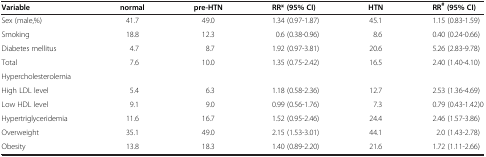
<table><thead><tr><td><b>Variable</b></td><td><b>normal</b></td><td><b>pre-HTN</b></td><td><b>RR* (95% CI)</b></td><td><b>HTN</b></td><td><b>RR<sup>#</sup>(95% CI)</b></td></tr></thead><tbody><tr><td>Sex (male,%)</td><td>41.7</td><td>49.0</td><td>1.34 (0.97-1.87)</td><td>45.1</td><td>1.15 (0.83-1.59)</td></tr><tr><td>Smoking</td><td>18.8</td><td>12.3</td><td>0.6 (0.38-0.96)</td><td>8.6</td><td>0.40 (0.24-0.66)</td></tr><tr><td>Diabetes mellitus</td><td>4.7</td><td>8.7</td><td>1.92 (0.97-3.81)</td><td>20.6</td><td>5.26 (2.83-9.78)</td></tr><tr><td>Total</td><td>7.6</td><td>10.0</td><td>1.35 (0.75-2.42)</td><td>16.5</td><td>2.40 (1.40-4.10)</td></tr><tr><td>Hypercholesterolemia</td><td> </td><td> </td><td> </td><td> </td><td> </td></tr><tr><td>High LDL level</td><td>5.4</td><td>6.3</td><td>1.18 (0.58-2.36)</td><td>12.7</td><td>2.53 (1.36-4.69)</td></tr><tr><td>Low HDL level</td><td>9.1</td><td>9.0</td><td>0.99 (0.56-1.76)</td><td>7.3</td><td>0.79 (0.43-1.42)0</td></tr><tr><td>Hypertriglyceridemia</td><td>11.6</td><td>16.7</td><td>1.52 (0.95-2.46)</td><td>24.4</td><td>2.46 (1.57-3.86)</td></tr><tr><td>Overweight</td><td>35.1</td><td>49.0</td><td>2.15 (1.53-3.01)</td><td>44.1</td><td>2.0 (1.43-2.78)</td></tr><tr><td>Obesity</td><td>13.8</td><td>18.3</td><td>1.40 (0.89-2.20)</td><td>21.6</td><td>1.72 (1.11-2.66)</td></tr></tbody></table>